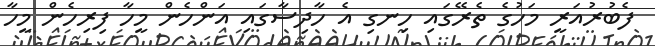
ފެބުރުއަރީ މަހުގެ ތެރޭގައި ހިނގި އެ ހާދިސާގައި އަންހެން މީހާ ފިރިހެން މީހާ